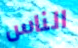
الناس